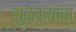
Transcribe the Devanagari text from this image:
सुळक्यांचा